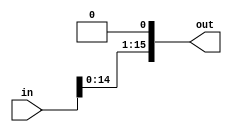
//Shift Left

module shift (input [15:0] in,
	      output reg [15:0] out);

always@(*)
	out = in << 1;

endmodule